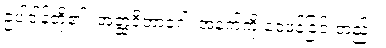
ဥပါဒါန်တို့၏။ အတ္ထဝိဘာဂေါ၊ အနက်ကို ဝေဖန်ခြင်းတည်း။